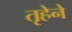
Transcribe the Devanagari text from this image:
तृहेने